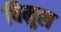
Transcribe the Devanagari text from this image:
विमुल